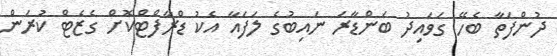
ދުންފަތާ ބެހޭ ގަވައިދު ބަންޑާރަ ނައިބުގެ ލަފައާ އެކު ޑްރާފްޓްކޮށް ގެޒެޓް ކުރަން